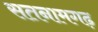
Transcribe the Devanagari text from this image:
सतनामगढ़